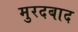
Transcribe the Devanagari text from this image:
मुरदबाद